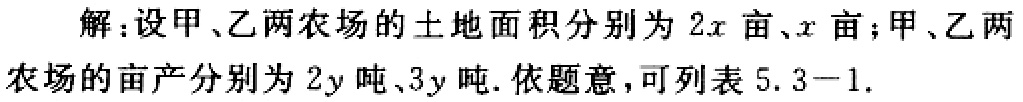
解：设甲、乙两农场的土地面积分别为\(2x\)亩、\(x\)亩；甲、乙两农场的亩产分别为\(2y\)吨、\(3y\)吨. 依题意，可列表\(5.3 - 1\).